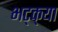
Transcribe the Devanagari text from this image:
भट्‌क्‌या